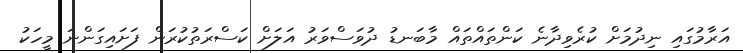
އަރާމުގައި ނިދުމަށް ކުރެވިދާނެ ކަންތައްތައް މާބަނޑު ދުވަސްވަރު އަލަށް ކަސްރަތުކުރަން ފަށައިގަންނަ މީހަކު